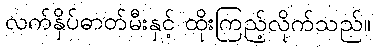
လက်နှိပ်ဓာတ်မီးနှင့် ထိုးကြည့်လိုက်သည်။